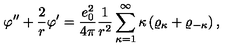
\varphi ^ { \prime \prime } + \frac { 2 } { r } \varphi ^ { \prime } = \frac { e _ { 0 } ^ { 2 } } { 4 \pi } \frac { 1 } { r ^ { 2 } } \sum _ { \kappa = 1 } ^ { \infty } \kappa \left( \varrho _ { \kappa } + \varrho _ { - \kappa } \right) ,